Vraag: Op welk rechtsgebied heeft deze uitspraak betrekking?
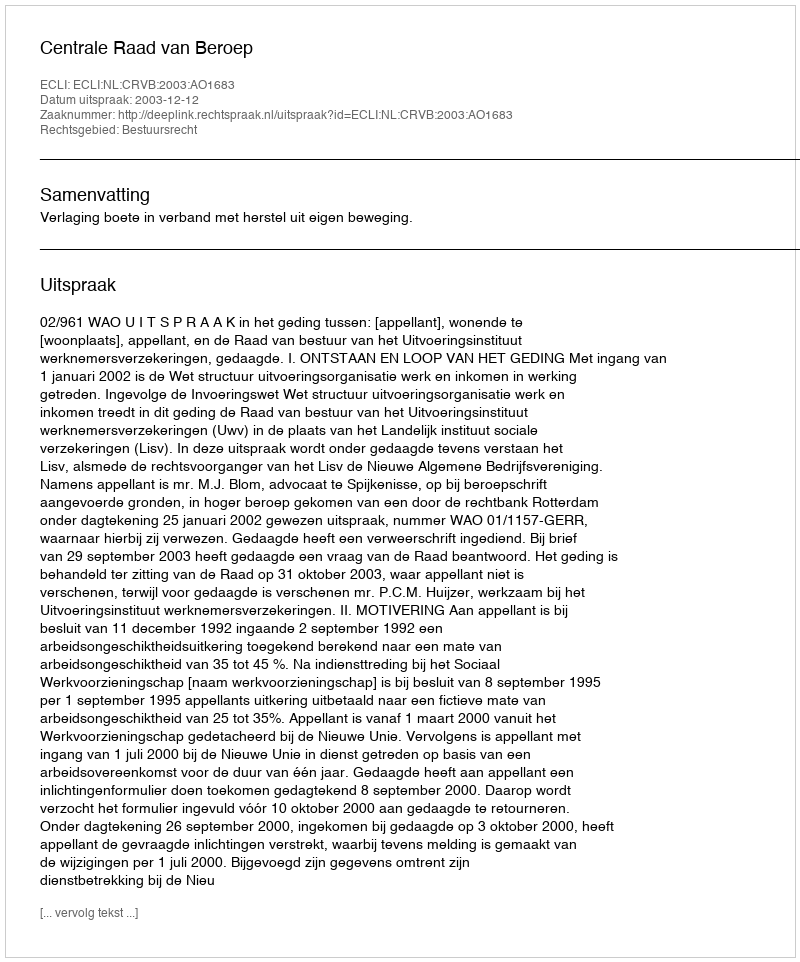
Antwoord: Bestuursrecht